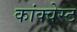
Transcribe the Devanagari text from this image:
कांक्वेस्ट